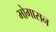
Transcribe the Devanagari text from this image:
भोगासन